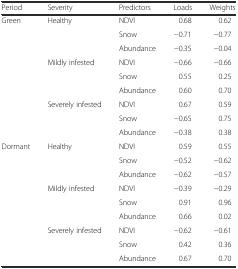
| Period | Severity | Predictors | Loads | Weights |
 | --- | --- | --- | --- | --- |
 | <ROWSPAN=9> Green | <ROWSPAN=3> Healthy | NDVI | 0.68 | 0.62 |
 | Snow | −0.71 | −0.77 |
 | Abundance | −0.35 | −0.04 |
 | <ROWSPAN=3> Mildly infested | NDVI | −0.66 | −0.66 |
 | Snow | 0.55 | 0.25 |
 | Abundance | 0.60 | 0.70 |
 | <ROWSPAN=3> Severely infested | NDVI | 0.67 | 0.59 |
 | Snow | −0.65 | 0.75 |
 | Abundance | −0.38 | 0.38 |
 | <ROWSPAN=9> Dormant | <ROWSPAN=3> Healthy | NDVI | 0.59 | 0.55 |
 | Snow | −0.52 | −0.62 |
 | Abundance | −0.62 | −0.57 |
 | <ROWSPAN=3> Mildly infested | NDVI | −0.39 | −0.29 |
 | Snow | 0.91 | 0.96 |
 | Abundance | 0.66 | 0.02 |
 | <ROWSPAN=3> Severely infested | NDVI | −0.62 | −0.61 |
 | Snow | 0.42 | 0.36 |
 | Abundance | 0.67 | 0.70 |